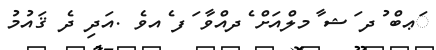
ަޢބް ުދ ަޝ ާމލްއަށް ެދއްވާ ަފ ެއވެ .އަދި ދެ ޤައުމު